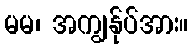
မမ၊ အကျွန်ုပ်အား။